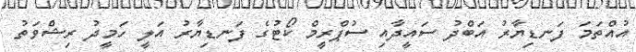
އުއްތަމަ ފަނޑިޔާރު އަބްދު ސައީދާއި ސުޕްރީމް ކޯޓުގެ ފަނޑިޔާރު އަލީ ހަމީދު ރިޝްވަތު